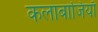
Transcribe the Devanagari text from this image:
कलाबाजियाँ